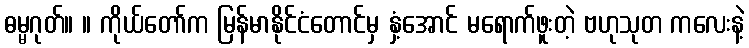
ဓမ္မဂုတ်။ ။ ကိုယ်တော်က မြန်မာနိုင်ငံတောင်မှ နှံ့အောင် မရောက်ဖူးတဲ့ ဗဟုသုတ ကလေးနဲ့